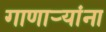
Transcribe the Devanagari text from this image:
गाणाऱ्यांना